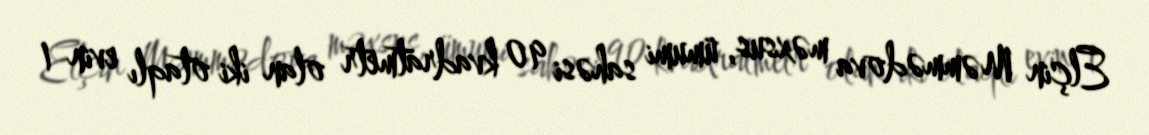
Elçin Məmmədova məxsus, ümumi sahəsi 90 kvadratmetr olan iki otaqlı evin 1